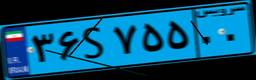
۵۲S۸۷۶۸۶